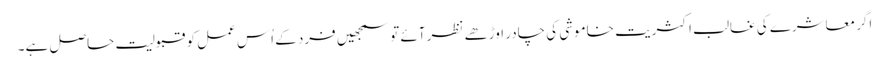
اگر معاشرے کی غالب اکثریت خاموشی کی چادر اوڑھے نظر آئے تو سمجھیں فرد کے اُس عمل کو قبولیت حاصل ہے۔